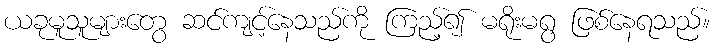
ယခုမူသူများတွေ ဆင်ကျင့်နေသည်ကို ကြည့်၍ မရိုးမရွ ဖြစ်နေရသည်။